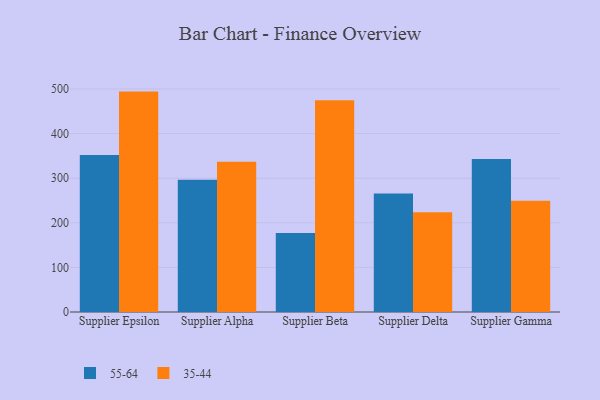
{"axis": {"x": "Supplier", "y": "Customer Acquisition Cost (USD)"}, "legend": ["35-44", "55-64"], "data": [{"x": "Supplier Epsilon", "y": 351.9, "type": "55-64"}, {"x": "Supplier Epsilon", "y": 494.1, "type": "35-44"}, {"x": "Supplier Alpha", "y": 296.6, "type": "55-64"}, {"x": "Supplier Alpha", "y": 336.8, "type": "35-44"}, {"x": "Supplier Beta", "y": 177.0, "type": "55-64"}, {"x": "Supplier Beta", "y": 474.5, "type": "35-44"}, {"x": "Supplier Delta", "y": 265.9, "type": "55-64"}, {"x": "Supplier Delta", "y": 223.6, "type": "35-44"}, {"x": "Supplier Gamma", "y": 342.8, "type": "55-64"}, {"x": "Supplier Gamma", "y": 249.6, "type": "35-44"}]}